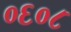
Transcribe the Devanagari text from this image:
०६०८